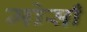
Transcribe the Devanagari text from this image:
मोसाँ